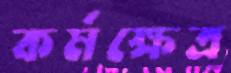
কর্মক্ষেত্র